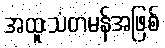
အထူးသံတမန်အဖြစ်